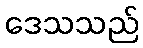
ဒေသသည်